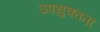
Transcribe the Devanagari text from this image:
उपयुक्‍तता